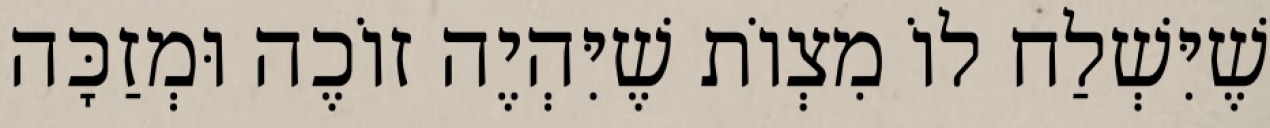
שֶׁיִּשְׁלַח לוֹ מִצְוֹת שֶׁיִּהְיֶה זוֹכֶה וּמְזַכָּה